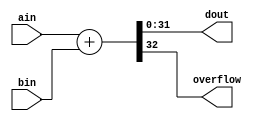
`timescale 1ns / 1ps
//////////////////////////////////////////////////////////////////////////////////
// Company: 
// Engineer: 
// 
// Design Name: 
// Module Name: adder_array
// Project Name: 
// Target Devices: 
// Tool Versions: 
// Description: 
// 
// Dependencies: 
// 
// Revision:
// Revision 0.01 - File Created
// Additional Comments:
// 
//////////////////////////////////////////////////////////////////////////////////

module adder(ain, bin, dout, overflow);
    input [31:0] ain;
    input [31:0] bin;
    output [31:0] dout;
    output overflow;

    assign {overflow, dout} = ain+bin;
endmodule

module adder_array(cmd, ain0, ain1, ain2, ain3, bin0, bin1, bin2, bin3, dout0, dout1, dout2, dout3, overflow);
    
    input [2:0] cmd;
    input [31:0] ain0, ain1, ain2, ain3;
    input [31:0] bin0, bin1, bin2, bin3;
    output [31:0] dout0, dout1, dout2, dout3;
    output [3:0] overflow;
    
    wire [31:0] my_ain [3:0];
    wire [31:0] my_bin [3:0];
    wire [31:0] my_dout [3:0];
    
    assign my_ain[0] = ain0;
    assign my_ain[1] = ain1;
    assign my_ain[2] = ain2;
    assign my_ain[3] = ain3;
    assign my_bin[0] = bin0;
    assign my_bin[1] = bin1;
    assign my_bin[2] = bin2;
    assign my_bin[3] = bin3;
    
    // assign dout0 = cmd == 4 ? my_dout[0] : (cmd == 0 ? my_dout[0] : 0);
    assign dout0 = cmd == 4 ? my_dout[0] : (cmd == 0 ? my_dout[0] : 0);
    assign dout1 = cmd == 4 ? my_dout[1] : (cmd == 1 ? my_dout[1] : 0);
    assign dout2 = cmd == 4 ? my_dout[2] : (cmd == 2 ? my_dout[2] : 0);
    assign dout3 = cmd == 4 ? my_dout[3] : (cmd == 3 ? my_dout[3] : 0);

    
//    assign my_ain = {ain0, ain1, ain2, ain3};
    
    genvar i;
    generate for (i = 0; i < 4; i = i + 1) begin: adder
        adder a(my_ain[i], my_bin[i], my_dout[i], overflow[i]);
    end endgenerate
    
endmodule